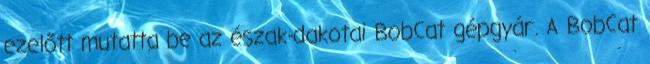
ezelőtt mutatta be az észak-dakotai BobCat gépgyár. A BobCat